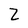
Character: 2